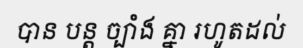
បាន បន្ត ច្បាំង គ្នា រហូតដល់